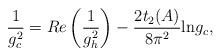
LaTeX: \begin{align*}\frac{1}{g_c^2} = Re\left(\frac{1}{g_h^2}\right) - \frac{2 t_2(A)}{8 \pi^2} \mbox{ln} g_c,\end{align*}